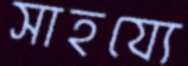
সাহয্যে